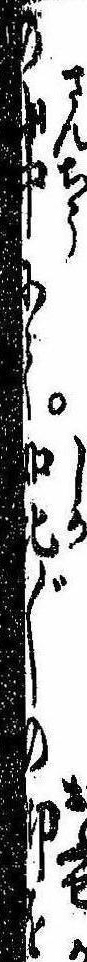
の山中にて如此〲の仰を